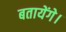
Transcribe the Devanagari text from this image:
बतायेंगे।